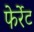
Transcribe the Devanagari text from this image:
फेर्रेट